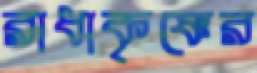
রাধাকৃষ্ণের